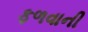
ફળવાની